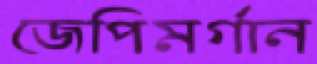
জেপিমর্গান